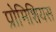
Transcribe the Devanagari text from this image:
प्रोमिशियस